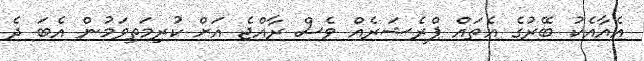
އެއާއެކު ބޭރުގެ އެތައް ޕްރެޝަރެއް ވެސް ރާއްޖެ އަށް ކުރިމަތިވަމުން އެބަ ދެ